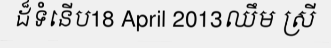
ដ៏ទំនើប18 April 2013ឈឹម ស្រី